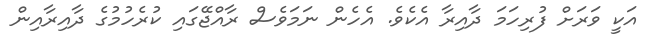
އަކީ ވަރަށް ފުރިހަމަ ދާއިރާ އެކެވެ. އެހެން ނަމަވެސް ރާއްޖޭގައި ކުރެހުމުގެ ދާއިރާއިން